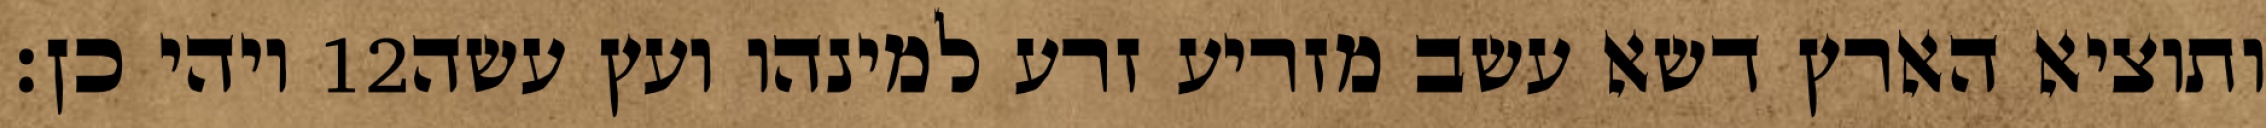
ויהי כן׃ ‎12‏ ותוציא הארץ דשא עשב מזריע זרע למינהו ועץ עשה